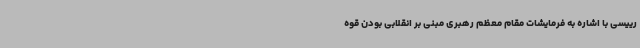
رییسی با اشاره به فرمایشات مقام معظم رهبری مبنی بر انقلابی بودن قوه